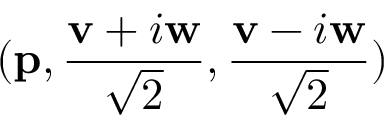
( \mathbf { p } , \frac { \mathbf { v } + i \mathbf { w } } { \sqrt { 2 } } , \frac { \mathbf { v } - i \mathbf { w } } { \sqrt { 2 } } )